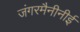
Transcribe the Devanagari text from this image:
जंगरमैनीनीई